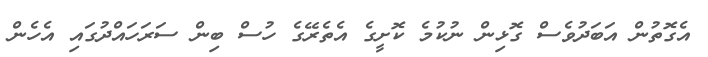
އެގޮތުން އަބަދުވެސް ގޮޅިން ނުކުމެ ކޮށީގެ އެތެރޭގެ ހުސް ބިން ސަރަހައްދުގައި އެހެން